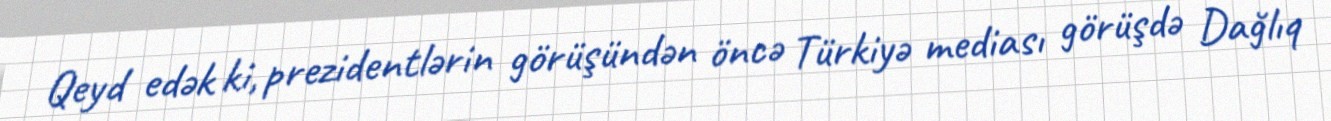
Qeyd edək ki, prezidentlərin görüşündən öncə Türkiyə mediası görüşdə Dağlıq